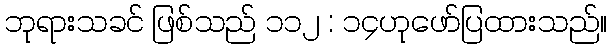
ဘုရားသခင် ဖြစ်သည် ၁၁၂ : ၁၄ဟုဖော်ပြထားသည်။